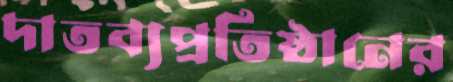
দাতব্যপ্রতিষ্ঠানের